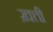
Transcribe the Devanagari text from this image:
ख़त्ती